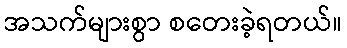
အသက်များစွာ စတေးခဲ့ရတယ်။